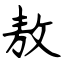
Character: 敖